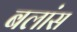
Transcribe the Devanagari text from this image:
बलांस